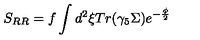
S _ { R R } = f \int d ^ { 2 } \xi T r ( \gamma _ { 5 } \Sigma ) e ^ { - \frac { \phi } { 2 } }